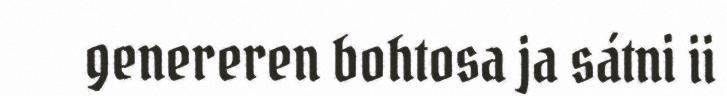
genereren bohtosa ja sátni ii